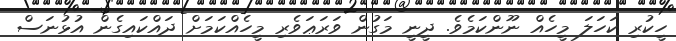
ހީކުރި ކަހަލަ މީހެއް ނޫންކަމެވެ. ދީނީ މަގުން ވަރަޢަވެރި މީހެއްކަމަށް ދައްކައިގެން އުޅުނަސް